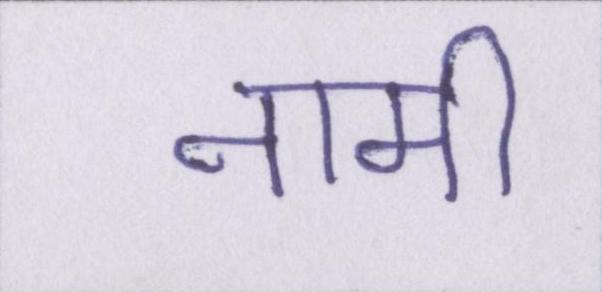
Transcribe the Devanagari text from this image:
नामी